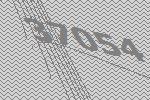
37054